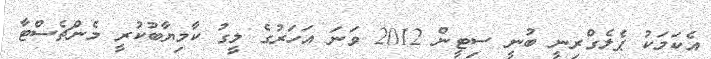
އެކަމަކު ޕެލެގްރިނީ ބުނީ ސިޓީން 2012 ވަނަ އަހަރުގެ ލީގު ކާމިޔާބުކުރީ މެންޗެސްޓާ